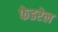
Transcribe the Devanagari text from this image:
फेडरेल